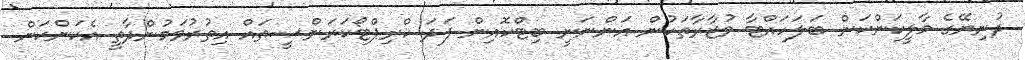
ދުނިޔޭގެ މާލީކަންކަން ބަލަހައްޓާ ވުޒާރާތަކުން އަންނަނީ ބިޓްކޮއިން ފަދަ ކްރިޕްޓޯކަރަންސީތައް އިތުރުވަމުންދާތީ އެކަންކަން